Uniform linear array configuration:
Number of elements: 64
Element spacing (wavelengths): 0.75
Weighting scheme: uniform
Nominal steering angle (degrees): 30
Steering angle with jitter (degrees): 30.419
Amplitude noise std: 0.05
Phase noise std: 0.05

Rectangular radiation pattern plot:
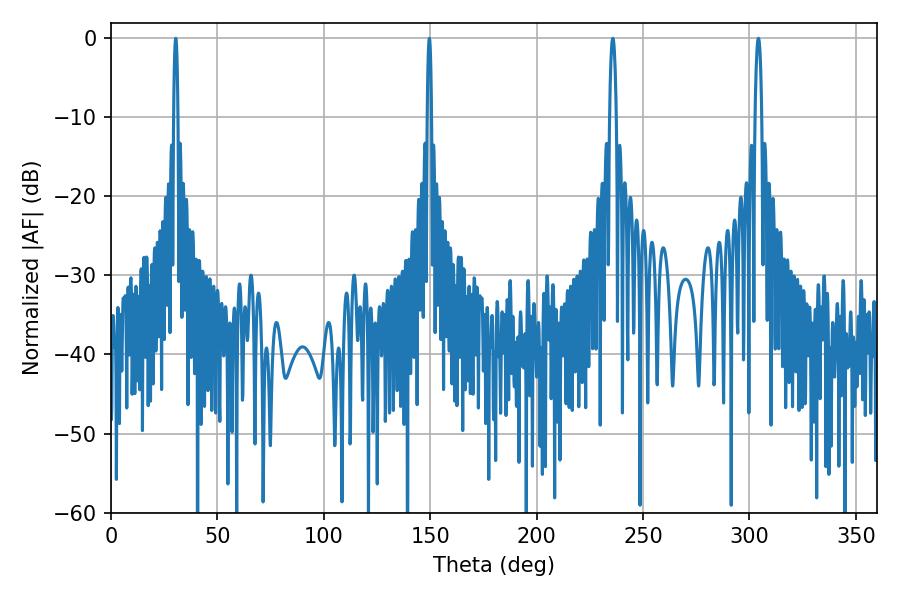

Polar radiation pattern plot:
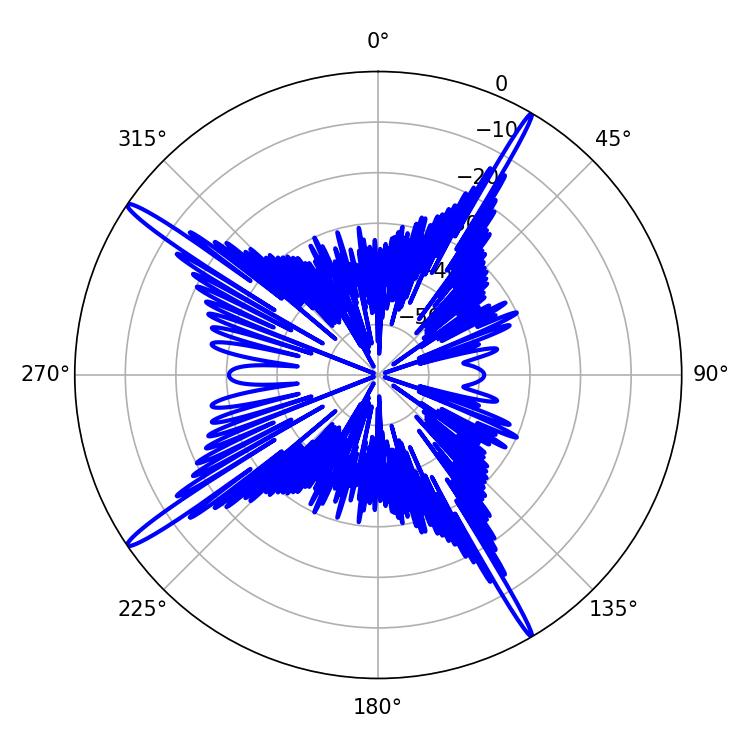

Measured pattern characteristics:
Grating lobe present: TRUE
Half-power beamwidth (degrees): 1.08
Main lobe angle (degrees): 30.42